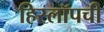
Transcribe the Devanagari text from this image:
हिस्लॉपची